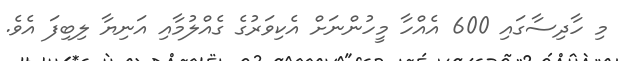
މި ހާދިސާގައި 600 އެއްހާ މީހުންނަށް އެކިވަރުގެ ގެއްލުމާއި އަނިޔާ ލިބިފަ އެވެ.